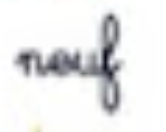
neuf